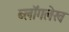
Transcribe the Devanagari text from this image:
ब्लॉगलेख